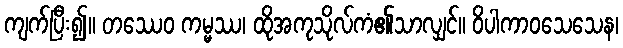
ကျက်ပြီး၍။ တဿေဝ ကမ္မဿ၊ ထိုအကုသိုလ်ကံ၏သာလျှင်။ ဝိပါကာဝသေသေန၊